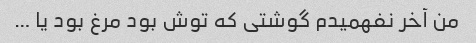
من آخر نفهمیدم گوشتی که توش بود مرغ بود یا …